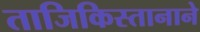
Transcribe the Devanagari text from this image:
ताजिकिस्तानाने